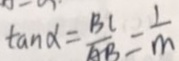
\tan \alpha = \frac { B C } { A B } = \frac { 1 } { m }